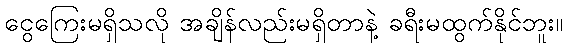
ငွေကြေးမရှိသလို အချိန်လည်းမရှိတာနဲ့ ခရီးမထွက်နိုင်ဘူး။